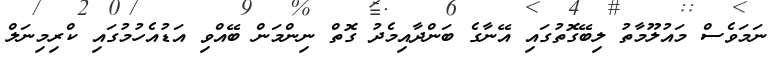
ނަމަވެސް މައުލޫމާތު ލިބޭގޮތުގައި އޭނާގެ ބަންދާއިމެދު ގޮތް ނިންމަން ބޭއްވި އަޑުއެހުމުގައި ކްރިމިނަލް